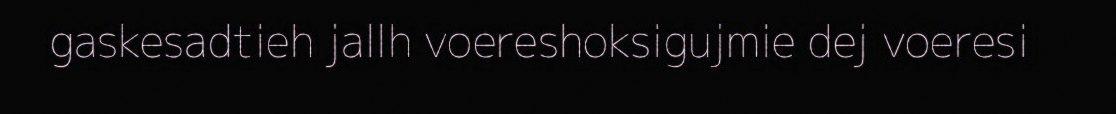
gaskesadtieh jallh voereshoksigujmie dej voeresi